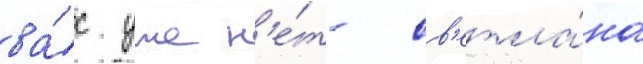
ва́с уже н'е́т- св'етла́на